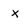
Character: x